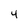
Character: 4